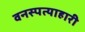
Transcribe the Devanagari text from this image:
वनस्पत्याहारी